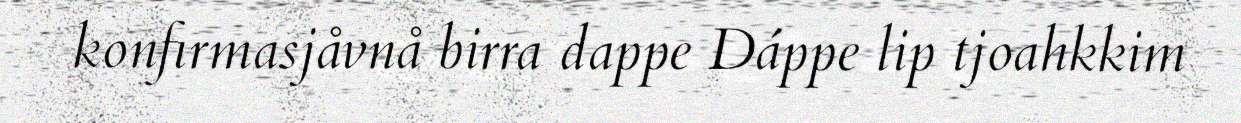
konfirmasjåvnå birra dappe Dáppe lip tjoahkkim